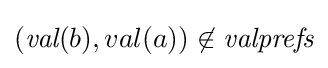
({\textit {val}}(b),val(a))\not \in {\textit {valprefs}}